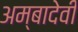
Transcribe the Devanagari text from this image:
अम्बादेवी